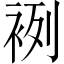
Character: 𧙷